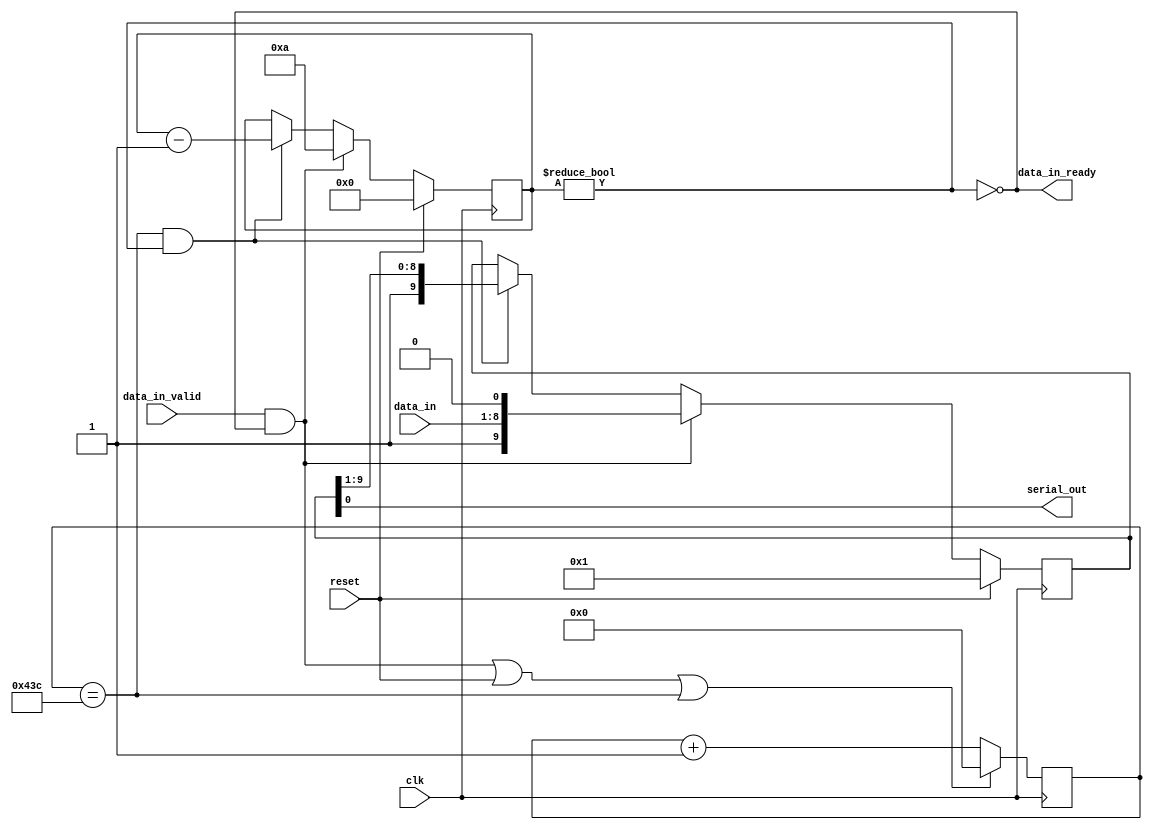
module uart_transmitter #(
    parameter CLOCK_FREQ = 125_000_000,
    parameter BAUD_RATE = 115_200)
(
    input clk,
    input reset,

    input [7:0] data_in,
    input data_in_valid,
    output data_in_ready,

    output serial_out
);
    // See diagram in the lab guide
    localparam  SYMBOL_EDGE_TIME    =   CLOCK_FREQ / BAUD_RATE;
    localparam  CLOCK_COUNTER_WIDTH =   $clog2(SYMBOL_EDGE_TIME);

    // Remove these assignments when implementing this module
 


    wire symbol_edge;
    wire start;
    wire rx_running;

    reg [9:0] rx_shift;
    reg [3:0] bit_counter;
    reg [CLOCK_COUNTER_WIDTH-1:0] clock_counter;

    //--|Signal Assignments|------------------------------------------------------

    // Goes high at every symbol edge
    /* verilator lint_off WIDTH */
    assign symbol_edge = clock_counter == (SYMBOL_EDGE_TIME - 1);
    /* lint_on */


    // Goes high when it is time to start sending a new character
    assign start = data_in_valid && !rx_running;

    // Goes high while we are receiving a character
    assign rx_running = bit_counter != 4'd0;

    // Outputs
    assign serial_out = rx_shift[0];
    assign data_in_ready = !rx_running;
    

    //--|Counters|----------------------------------------------------------------

    // Counts cycles until a single symbol is done
    always @ (posedge clk) begin
        clock_counter <= (start || reset || symbol_edge) ? 0 : clock_counter + 1;
    end

    // Counts down from 10 bits for every character
    always @ (posedge clk) begin
        if (reset) begin
            bit_counter <= 0;
        end else if (start) begin
            bit_counter <= 10;
        end else if (symbol_edge && rx_running) begin
            bit_counter <= bit_counter - 1;
        end
    end

    //--|Shift Register|----------------------------------------------------------
    always @(posedge clk) begin
        if (reset) rx_shift <= 1;
        else if (start) rx_shift <= {1'b1, data_in, 1'b0};
        else if (symbol_edge && rx_running) rx_shift <= {1'b1, rx_shift[9:1]};
    end


endmodule